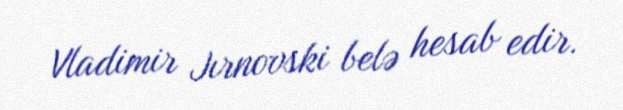
Vladimir Jırnovski belə hesab edir.